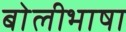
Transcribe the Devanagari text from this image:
बाेलीभाषा